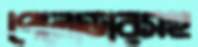
পেলোডারসহ